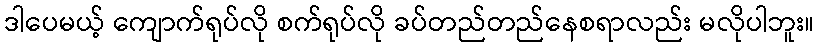
ဒါပေမယ့် ကျောက်ရုပ်လို စက်ရုပ်လို ခပ်တည်တည်နေစရာလည်း မလိုပါဘူး။